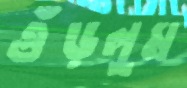
গুঁড়লুম